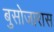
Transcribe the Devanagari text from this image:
बुसोजारास